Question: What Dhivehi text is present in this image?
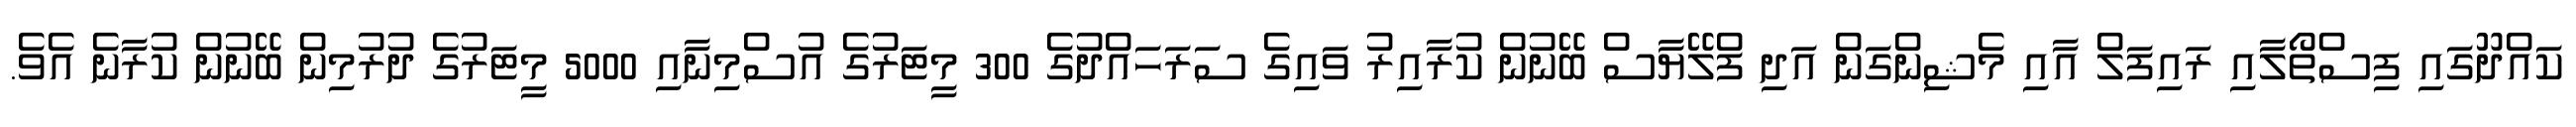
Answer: ކައްދޫގައި ފިސްތޯލާއި ރައިފަލް އާއި މެޝިންގަން އަދި ފްލޭޔާސް ބޭނުން ކުރާއިރު ވައިގެ ސަރަހައްދުގެ 300 މީޓަރުގެ އުސްމިނާއި 5000 މީޓަރުގެ ދުރުމިން ބޭނުން ކުރާނެ އެވެ.